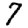
Digit: 7